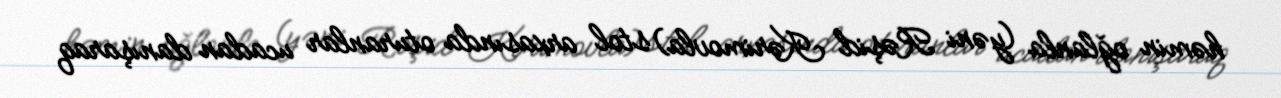
həmin oğlanla (yəni Rəşid Kərimovla) stol arxasında oturanlar ucadan danışaraq